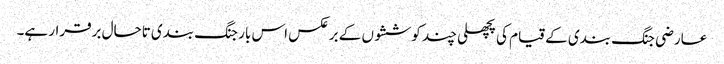
عارضی جنگ بندی کے قیام کی پچھلی چند کوششوں کے برعکس اس بار جنگ بندی تاحال برقرار ہے۔